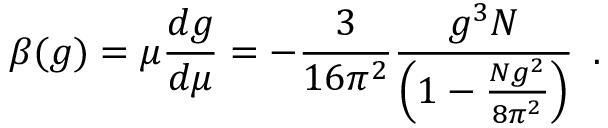
\beta ( g ) = \mu \frac { d g } { d \mu } = - \frac { 3 } { 1 6 \pi ^ { 2 } } \frac { g ^ { 3 } N } { \left( 1 - \frac { N g ^ { 2 } } { 8 \pi ^ { 2 } } \right) } \, \, \, .